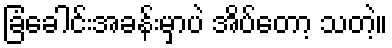
ခြံခေါင်းအခန်းမှာပဲ အိပ်တော့ သတဲ့။